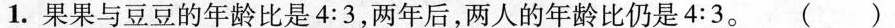
1.果果与豆豆的年龄比是$$4 : 3$$，两年后，两人的年龄比仍是$$4 ： 3$$。（ ）